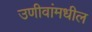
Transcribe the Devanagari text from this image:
उणीवांमधील